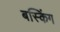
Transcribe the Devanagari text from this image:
बस्किंग